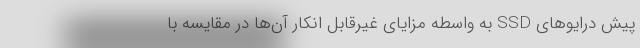
پیش درایوهای SSD به واسطه مزایای غیرقابل انکار آن‌ها در مقایسه با